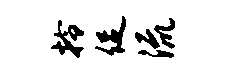
拎促流